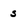
Character: s